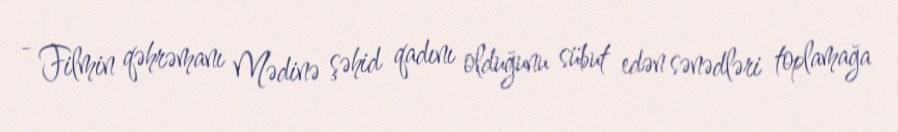
- Filmin qəhrəmanı Mədinə şəhid qadını olduğunu sübut edən sənədləri toplamağa